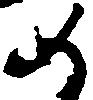
如